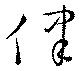
侓